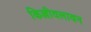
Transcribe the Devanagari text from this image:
किल्लीवलावन